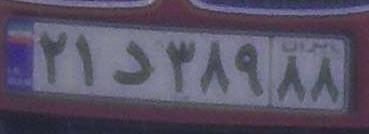
۲۱د۳۸۹۸۸